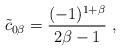
LaTeX: \begin{align*}{\tilde c}_{0\beta} = {(-1)^{1+\beta}\over 2\beta -1}\ ,\end{align*}